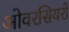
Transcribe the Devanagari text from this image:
ओवरसियरों